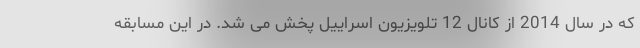
که در سال 2014 از کانال 12 تلویزیون اسراییل پخش می شد. در این مسابقه